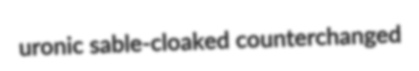
uronic sable-cloaked counterchanged